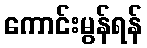
ကောင်းမွန်ရန်